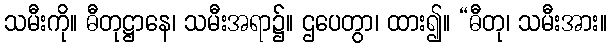
သမီးကို။ ဓီတုဋ္ဌာနေ၊ သမီးအရာ၌။ ဌပေတွာ၊ ထား၍။ “ဓီတု၊ သမီးအား။